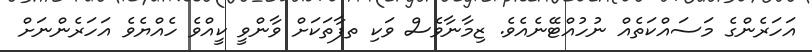
އަހަރެންގެ މަސައްކަތެއް ނުހުއްޓޭނެއެވެ. ޒިމާނާވެސް ވަކި ތފާތަކަށް ވާންވީ ކީއްވެ ހެއްޔެވެ އަހަރެންނަށް